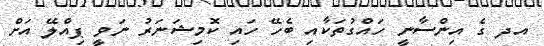
އދ ގެ އިންސާނީ ހައްގުތަކާއި ބެހޭ ހައި ކޮމިޝަނަރު ނަވީ ޕިއްލޭ އަށް